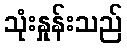
သုံးနှုန်းသည်